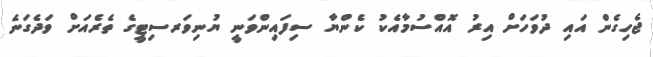
ޖެހިގެން އައި ދުވަހަށް އިރު އޮއްސުމާއެކު ކެންޔާ ސިފައިންވަނީ ޔުނިވަރސިޓީގެ ތެރެއަށް ވަދެގަނެ